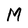
Character: M